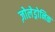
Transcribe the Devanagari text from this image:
ज़ोलेड्रोनिक